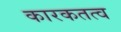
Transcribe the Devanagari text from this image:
कारकतत्व